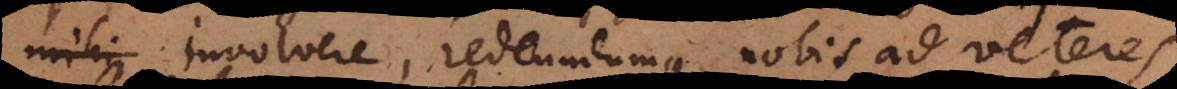
involvere, redeundumque nobis ad veteresc